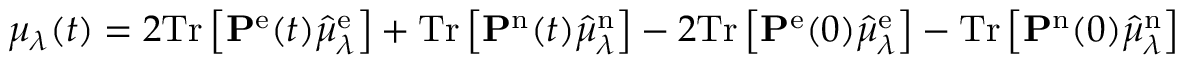
\mu _ { \lambda } ( t ) = 2 \mathrm { T r } \left[ \mathbf { P } ^ { \mathrm { e } } ( t ) \hat { \mu } _ { \lambda } ^ { \mathrm { e } } \right] + \mathrm { T r } \left[ \mathbf { P } ^ { \mathrm { n } } ( t ) \hat { \mu } _ { \lambda } ^ { \mathrm { n } } \right] - 2 \mathrm { T r } \left[ \mathbf { P } ^ { \mathrm { e } } ( 0 ) \hat { \mu } _ { \lambda } ^ { \mathrm { e } } \right] - \mathrm { T r } \left[ \mathbf { P } ^ { \mathrm { n } } ( 0 ) \hat { \mu } _ { \lambda } ^ { \mathrm { n } } \right]